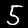
Label: 5